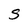
Character: S